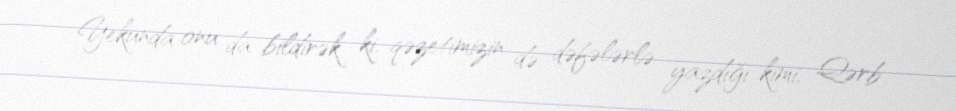
Yekunda onu da bildirək ki, qəzetimizin də dəfələrlə yazdığı kimi, Qərb